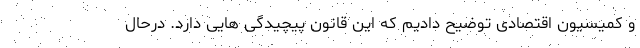
و کمیسیون اقتصادی توضیح دادیم که این قانون پیچیدگی هایی دارد. درحال